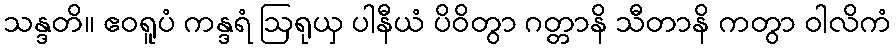
သန္ဒတိ။ ဧဝရူပံ ကန္ဒရံ ဩရုယှ ပါနီယံ ပိဝိတွာ ဂတ္တာနိ သီတာနိ ကတွာ ဝါလိကံ